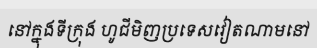
នៅក្នុងទីក្រុង ហូជីមិញប្រទេសវៀតណាមនៅ